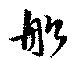
船